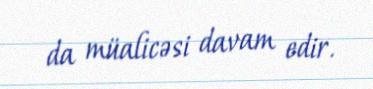
da müalicəsi davam edir.